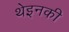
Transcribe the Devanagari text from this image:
थेइनकी